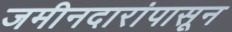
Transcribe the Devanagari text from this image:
जमीनदारांपासून